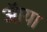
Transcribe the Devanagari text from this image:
ऑया